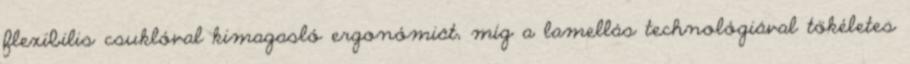
flexibilis csuklóval kimagasló ergonómiát, míg a lamellás technológiával tökéletes